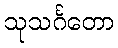
သုသင်္ဂတော